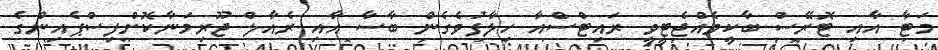
މަޓާ އާއި ޓޮރޭސް ބާކީވެއްޖެޓީވީ ރައިޓްސްއާ ހިލާފުވެގެން ބާސާ އާއި ރެއާލް ޖޫރިމަނާކޮށްފިސްޕެއިންގެ